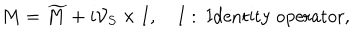
M = \widetilde { M } + i { \cal V } _ { S } \times I , \quad I : \ \mathrm { I d e n t i t y ~ o p e r a t o r } ,